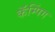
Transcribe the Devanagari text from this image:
कॅम्पिंग